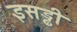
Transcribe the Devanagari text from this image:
इसड्ढी